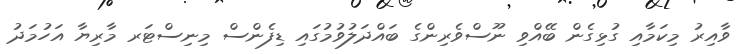
ވާއިރު މިކަމާއި ގުޅިގެން ބޭއްވި ނޫސްވެރިންގެ ބައްދަލުވުމުގައި ޑިފެންސް މިނިސްޓަރ މާރިޔާ އަހުމަދު